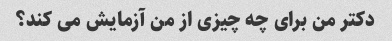
دکتر من برای چه چیزی از من آزمایش می کند؟